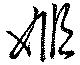
姫